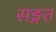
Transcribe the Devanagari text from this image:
सङ्गत